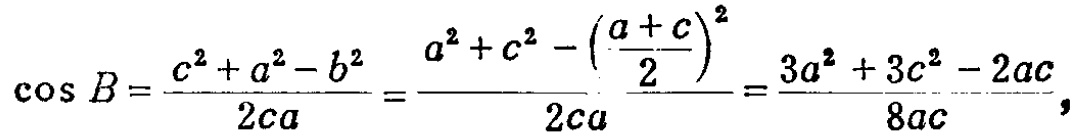
\(\cos B=\frac{c^{2}+a^{2}-b^{2}}{2ca}=\frac{a^{2}+c^{2}-\left(\frac{a + c}{2}\right)^{2}}{2ca}=\frac{3a^{2}+3c^{2}-2ac}{8ac},\)